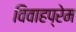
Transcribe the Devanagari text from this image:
विवाहप्रेम